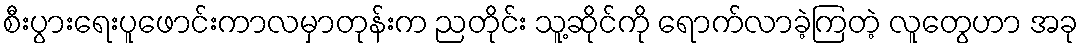
စီးပွားရေးပူဖောင်းကာလမှာတုန်းက ညတိုင်း သူ့ဆိုင်ကို ရောက်လာခဲ့ကြတဲ့ လူတွေဟာ အခု